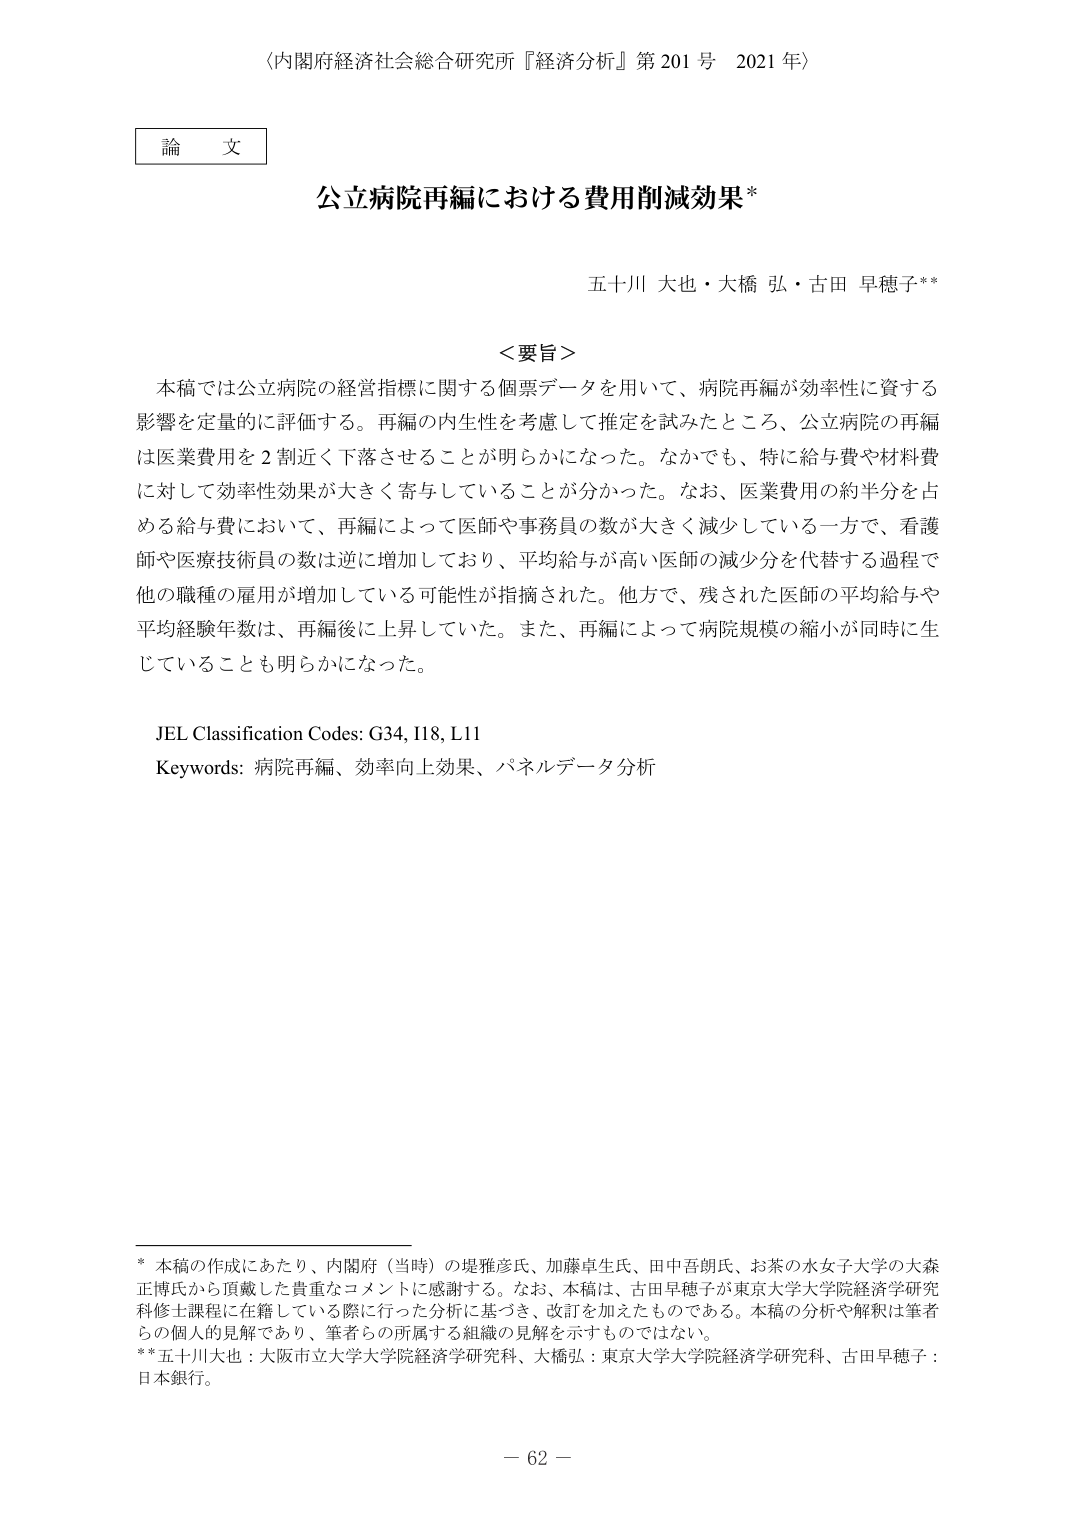
〈内閣府経済社会総合研究所『経済分析』第201号 2021年〉

論文

公立病院再編における費用削減効果*

五十川 大也・大橋 弘・古田 早穂子**

＜要旨＞
本稿では公立病院の経営指標に関する個票データを用いて、病院再編が効率性に資する影響を定量的に評価する。再編の内生性を考慮して推定を試みたところ、公立病院の再編は医業費用を2割近く下落させることが明らかになった。なかでも、特に給与費や材料費に対して効率性効果が大きく寄与していることが分かった。なお、医業費用の約半分を占める給与費において、再編によって医師や事務員の数が大きく減少している一方で、看護師や医療技術員の数は逆に増加しており、平均給与が高い医師の減少分を代替する過程で他の職種の雇用が増加している可能性が指摘された。他方で、残された医師の平均給与や平均経験年数は、再編後に上昇していた。また、再編によって病院規模の縮小が同時に生じていることも明らかになった。

JEL Classification Codes: G34, I18, L11
Keywords: 病院再編、効率向上効果、パネルデータ分析

* 本稿の作成にあたり、内閣府（当時）の堤雅彦氏、加藤卓生氏、田中吾朗氏、お茶の水女子大学の大森正博氏から頂戴した貴重なコメントに感謝する。なお、本稿は、古田早穂子が東京大学大学院経済学研究科修士課程に在籍している際に行った分析に基づき、改訂を加えたものである。本稿の分析や解釈は筆者らの個人的見解であり、筆者らの所属する組織の見解を示すものではない。
**五十川大也：大阪市立大学大学院経済学研究科、大橋弘：東京大学大学院経済学研究科、古田早穂子：日本銀行。

－ 62 －